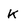
Character: K